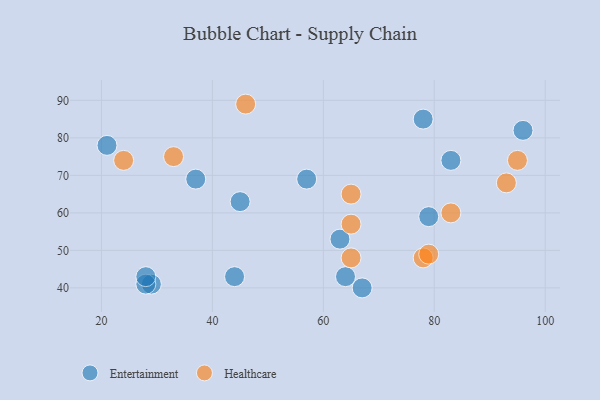
{"axis": {"x": "GDP", "y": "Life Expectancy"}, "legend": ["Entertainment", "Healthcare"], "data": [{"x": "29", "y": 41, "type": "Entertainment"}, {"x": "57", "y": 69, "type": "Entertainment"}, {"x": "96", "y": 82, "type": "Entertainment"}, {"x": "28", "y": 41, "type": "Entertainment"}, {"x": "78", "y": 85, "type": "Entertainment"}, {"x": "28", "y": 43, "type": "Entertainment"}, {"x": "21", "y": 78, "type": "Entertainment"}, {"x": "83", "y": 74, "type": "Entertainment"}, {"x": "44", "y": 43, "type": "Entertainment"}, {"x": "63", "y": 53, "type": "Entertainment"}, {"x": "64", "y": 43, "type": "Entertainment"}, {"x": "79", "y": 59, "type": "Entertainment"}, {"x": "45", "y": 63, "type": "Entertainment"}, {"x": "37", "y": 69, "type": "Entertainment"}, {"x": "67", "y": 40, "type": "Entertainment"}, {"x": "24", "y": 74, "type": "Healthcare"}, {"x": "93", "y": 68, "type": "Healthcare"}, {"x": "95", "y": 74, "type": "Healthcare"}, {"x": "65", "y": 57, "type": "Healthcare"}, {"x": "46", "y": 89, "type": "Healthcare"}, {"x": "33", "y": 75, "type": "Healthcare"}, {"x": "83", "y": 60, "type": "Healthcare"}, {"x": "78", "y": 48, "type": "Healthcare"}, {"x": "65", "y": 65, "type": "Healthcare"}, {"x": "79", "y": 49, "type": "Healthcare"}, {"x": "65", "y": 48, "type": "Healthcare"}]}